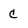
Character: c